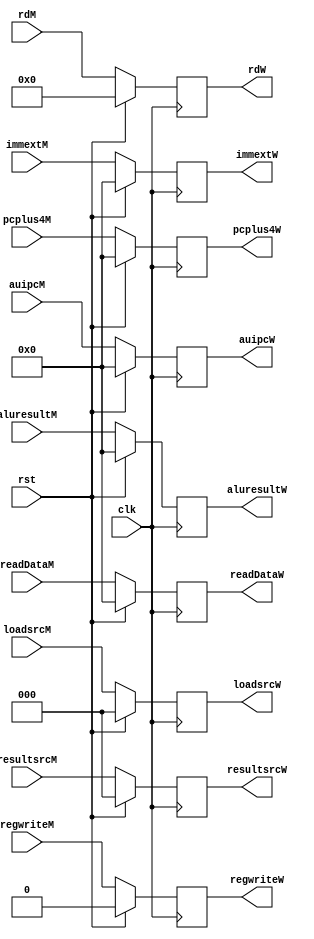
`timescale 1ns / 1ps



module RegMM_WB(clk, rst,regwriteM,rdM,aluresultM, readDataM, auipcM,
                 immextM, pcplus4M,resultsrcM, loadsrcM,
                 //output
                 regwriteW,rdW,aluresultW, readDataW, auipcW,
                 immextW, pcplus4W,resultsrcW, loadsrcW
                 );
    input clk, rst; 
    
    input regwriteM;
    input [2:0] resultsrcM, loadsrcM;
    input [4:0] rdM;
    input [31:0] aluresultM, readDataM, auipcM,
                 immextM, pcplus4M;
    
    output reg regwriteW;
    output reg [2:0] resultsrcW, loadsrcW;
    output reg [4:0] rdW;
    output reg [31:0] aluresultW, readDataW, auipcW,
                 immextW, pcplus4W;
    
    always@(posedge clk) begin
        if(rst) begin
            regwriteW <= 1'b0;
            rdW <= 5'b0;
            aluresultW  <= 32'b0;
            readDataW  <= 32'b0;
            auipcW <= 32'b0;
            immextW <= 32'b0;
            pcplus4W <= 32'b0;
            resultsrcW <= 32'b0;
            loadsrcW <= 3'b0;
        end
        else begin
            regwriteW <= regwriteM;
            rdW <= rdM;
            aluresultW  <= aluresultM;
            readDataW  <= readDataM;
            auipcW <= auipcM;
            immextW <= immextM;
            pcplus4W <= pcplus4M;
            resultsrcW <= resultsrcM;
            loadsrcW <= loadsrcM;
        end
    end
               
endmodule